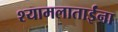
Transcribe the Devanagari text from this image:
श्यामलाताईंना